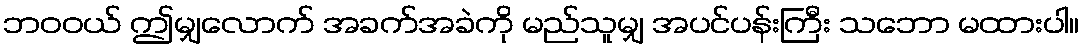
ဘဝဝယ် ဤမျှလောက် အခက်အခဲကို မည်သူမျှ အပင်ပန်းကြီး သဘော မထားပါ။